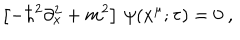
\left[ - \hbar ^ { 2 } \partial _ { x } ^ { 2 } + m ^ { 2 } \right] \, \psi ( x ^ { \mu } ; \tau ) = 0 \ ,